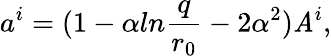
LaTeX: a^{i}=(1-\alpha ln{\frac{q}{r_{0}}}-2\alpha^{2}){\mathit A}^{i},